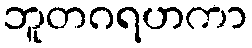
ဘူတဂရဟကာ